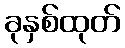
ခုနှစ်ထုတ်